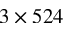
3 \times 5 2 4